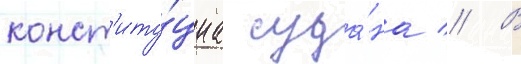
конст'иту́циа суда́на // В